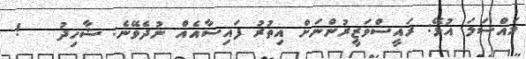
މައްސަލަ އުޅޭ: ރައީސްވަޒީރުންނަށް އިތުރު ފައިސާއެއް ނުދެވޭނެ: ޝާހިދު   !